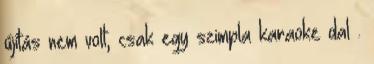
újítás nem volt, csak egy szimpla karaoke dal .